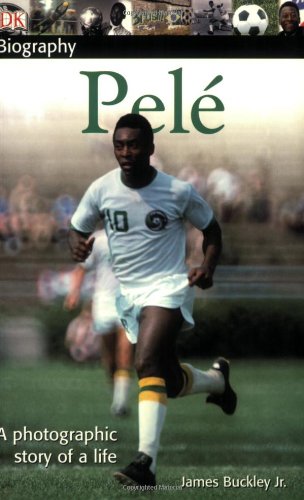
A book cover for DK Biography: Pele; James Buckley; Children's Books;